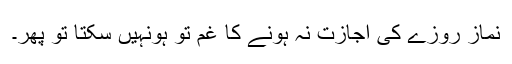
نماز روزے کی اجازت نہ ہونے کا غم تو ہونہیں سکتا تو پھر۔